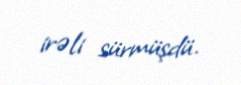
irəli sürmüşdü.